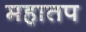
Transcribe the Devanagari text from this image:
महातप